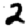
Digit: 2